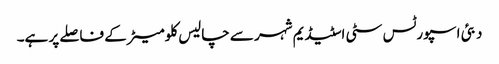
دبئی اسپورٹس سٹی اسٹیڈیم شہر سے چالیس کلومیٹر کے فاصلے پر ہے۔